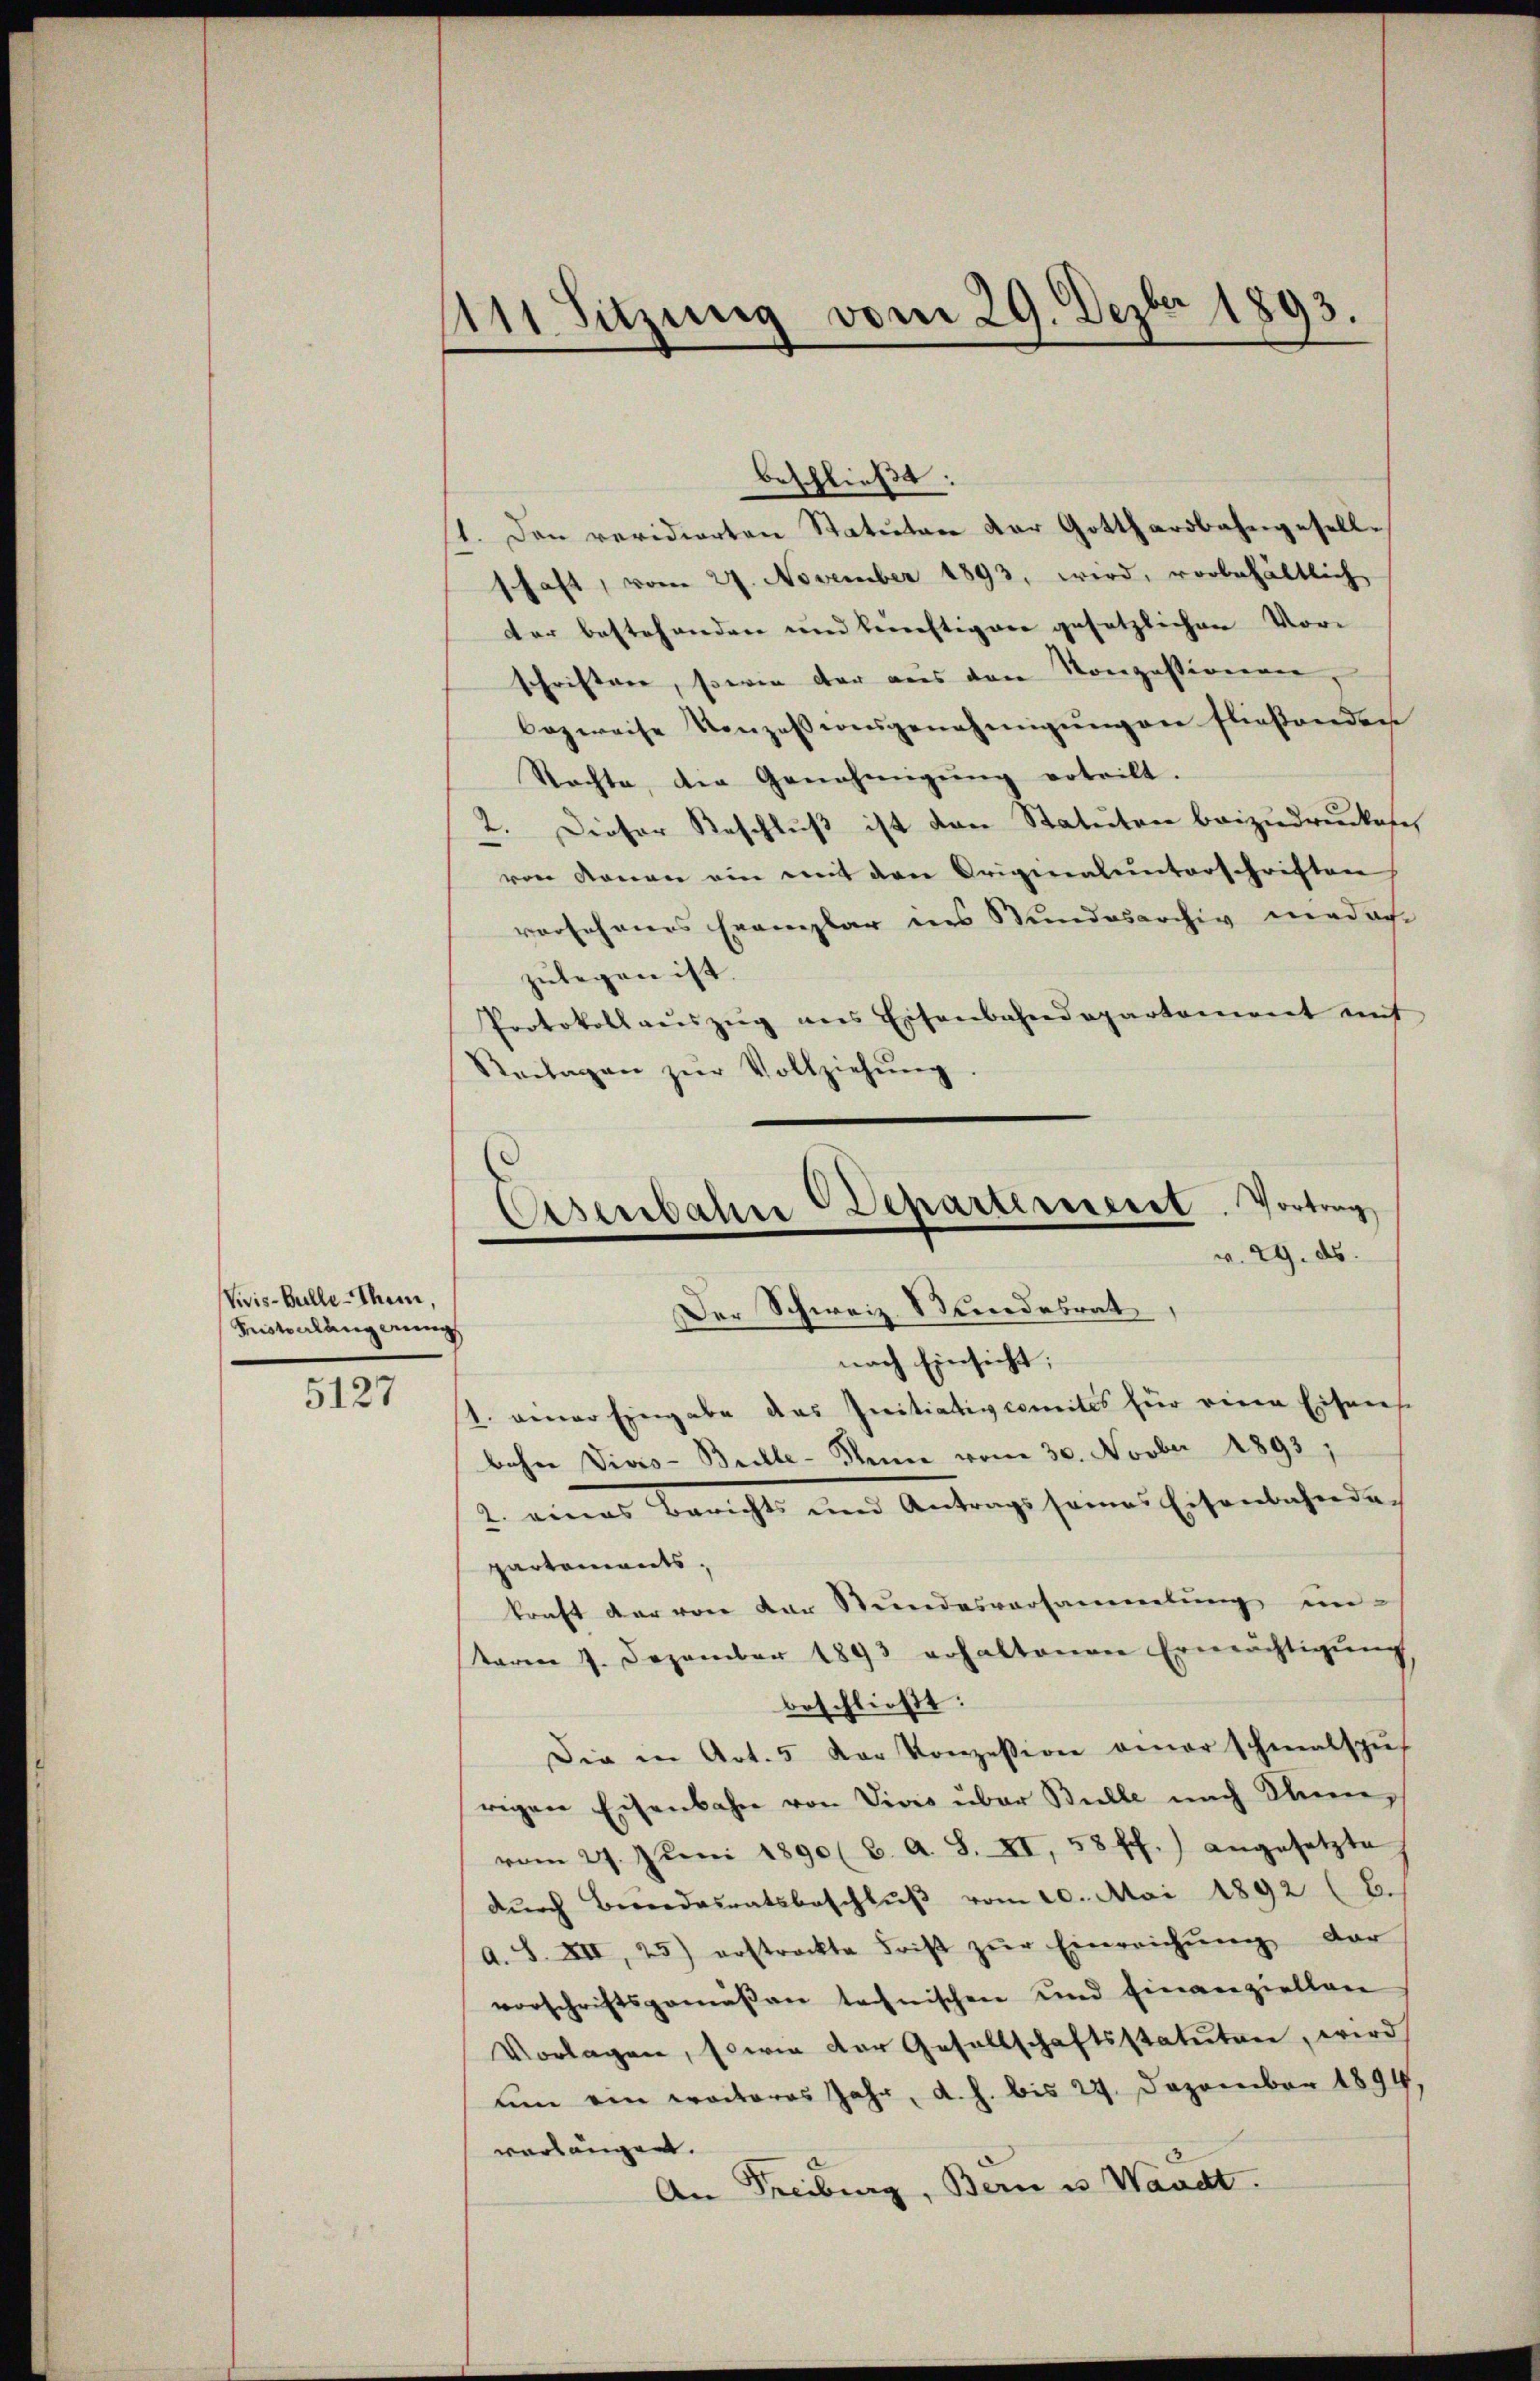
Vivis-Bulle-Thein,
Kisterlangerung

5127

11 Sitzung vom 29. Dezbr 1893.

beschließt:
1. Den revidierten Statutare der Gotthardbahngesell-
schaft, vom 27. November 1893, wird, vorbehältlich
der bestehenden und bereiftigere gesetzlichen Vorschriften, sowie der aus den Konzessionen,
bezweise Konzessionsgenehmigŭngen fließenden
Stachte, der Genehmigŭng erteilt.
2. Dieser Beschluß ist den Statuten beizudruckesch
von konen ein mit den Originalunterschriften
vorseheners Exemplar des Stundesarchiv madre
zulegen ist.
Protokoll aŭszŭg ans Eisenbahndepartaniert mit
Reilagen zŭr Vollziehŭng
nach Einsicht;
s. einer Eingabe das Initiativcomites für einen Eisens
bohne Viers-Brelle- Gener vom 30. Novber 1893,
2. eines Berichts und Antrags seines Eisenbahnde
partaments,
kraft der von der Stundesversammlung un-
taren 7. Dezember 1893 erhaltenen Ermächtigŭng
beschließt:
Die in Art. 5 der Konzession amer schmalspŭ-
rigen Eisenbahn von Vivis über Bulle nach Sinn,
vom 27. Jŭni 1890 (C. A. S. XI, 58 ff.) angesetzte
dŭrch Berendesratsbeschlŭβ vom 20. Mai 1892 (E.
A. S. XII, 25) erstreckte Frist zŭr Einreichŭng dar
vorschriftsgemäßen technischen und finanziellen
Vorlagen, sowie der Gesellschaftsstatuten, wird
um ein weiteres Jahr, d. h. bis 24. Dezember 1894,
verlangen.
An Freiburg, Bern u. Waadt.

Ciserbalire Departereseret. Vortrag
v. 29. ds.
Der Schweiz. Bundesrat